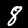
Digit: 8